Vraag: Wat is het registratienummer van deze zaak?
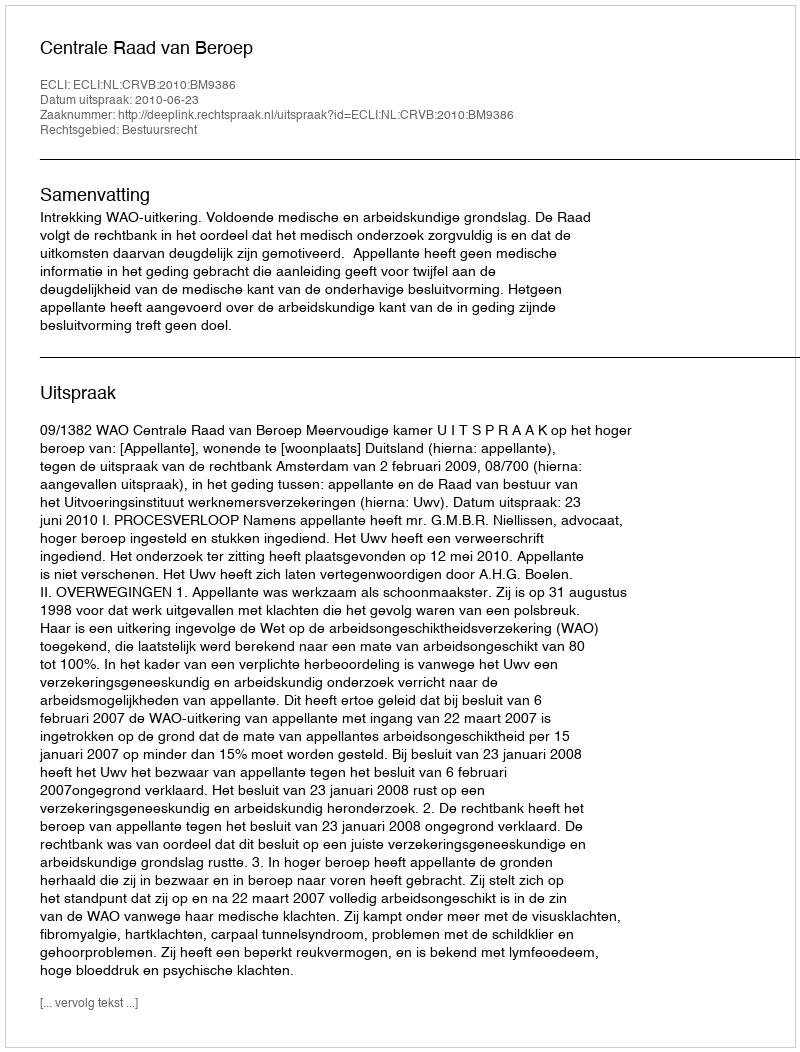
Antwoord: http://deeplink.rechtspraak.nl/uitspraak?id=ECLI:NL:CRVB:2010:BM9386